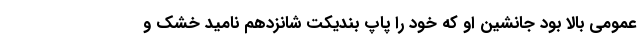
عمومی بالا بود جانشین او که خود را پاپ بندیکت شانزدهم نامید خشک و